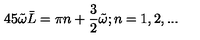
4 5 \tilde { \omega } \bar { L } = \pi n + \frac { 3 } { 2 } \tilde { \omega } ; n = 1 , 2 , . . .